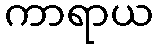
ကာရာယ